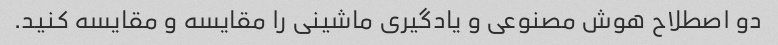
دو اصطلاح هوش مصنوعی و یادگیری ماشینی را مقایسه و مقایسه کنید.